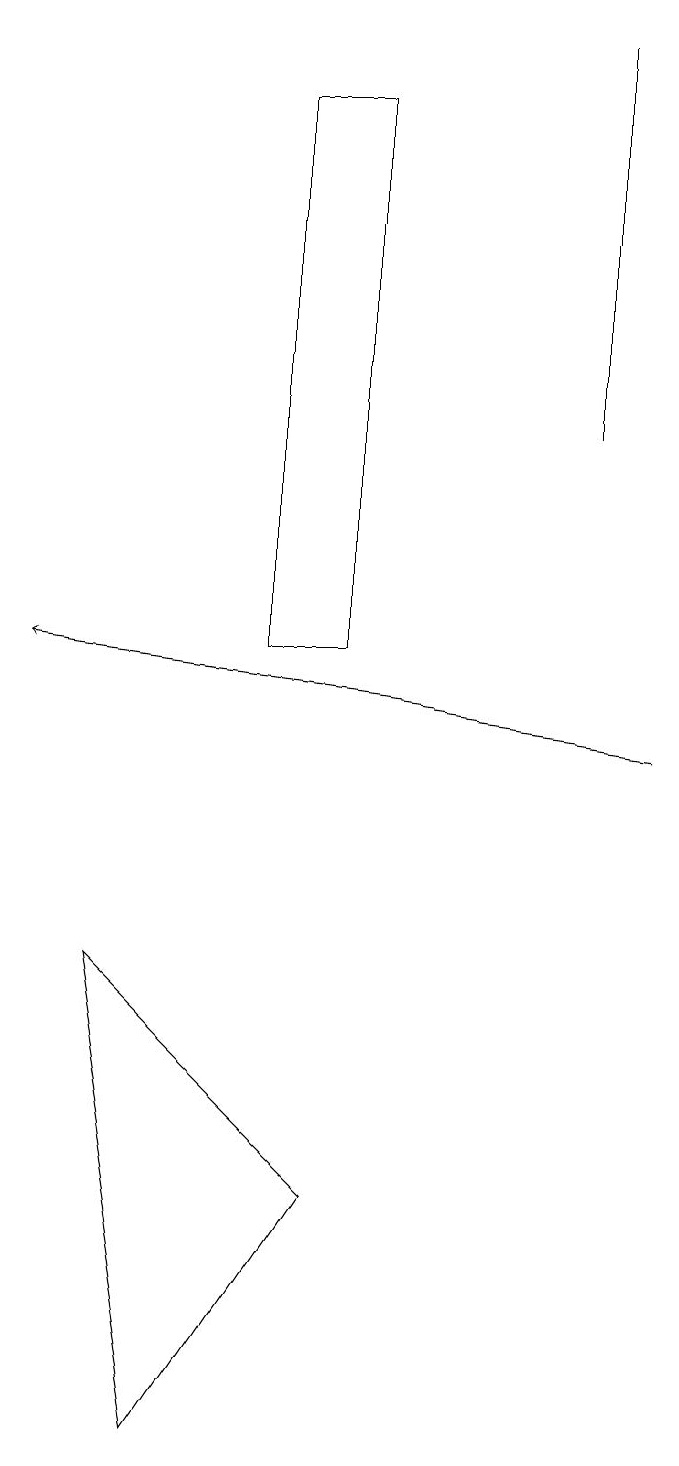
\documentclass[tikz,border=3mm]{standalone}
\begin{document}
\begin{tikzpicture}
\draw (8,19) rectangle (8,14);
\draw (2,7) -- (5,4) -- (3,1) -- cycle;
\draw (4,18) rectangle (5,11);
\draw[->] (9,10) -- (1,11);
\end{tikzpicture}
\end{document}